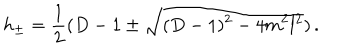
h _ { \pm } = \frac 1 2 ( D - 1 \pm \sqrt { ( D - 1 ) ^ { 2 } - 4 m ^ { 2 } l ^ { 2 } } ) \, .